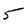
Character: 5